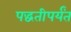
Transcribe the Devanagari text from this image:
पद्धतीपर्यंत